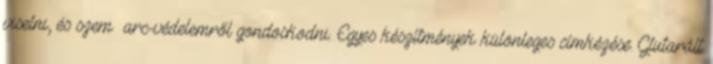
viselni, és szem arc-védelemről gondoskodni. Egyes készítmények különleges címkézése: Glutarált